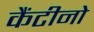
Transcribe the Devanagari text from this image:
कैंटीनो